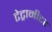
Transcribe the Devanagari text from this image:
टेट्रामीटर